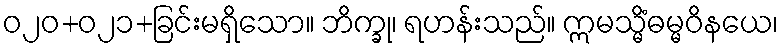
ဝ၂၀+၀၂၁+ခြင်းမရှိသော။ ဘိက္ခု၊ ရဟန်းသည်။ ဣမသ္မိံဓမ္မဝိနယေ၊